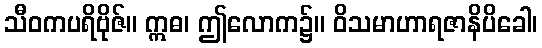
သီဝကပရိဗိုဇ်။ ဣဓ၊ ဤလောက၌။ ဝိသမာဟာရဇာနိပိခေါ၊